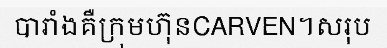
បារាំងគឺក្រុមហ៊ុនCARVEN។សរុប